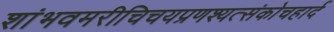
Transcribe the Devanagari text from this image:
शांभवमरीचिचयप्रणश्यत्संकोचहार्द